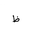
Letter: _za